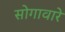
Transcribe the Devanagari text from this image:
सोगावारे